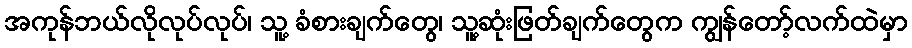
အကုန်ဘယ်လိုလုပ်လုပ်၊ သူ့ ခံစားချက်တွေ၊ သူ့ဆုံးဖြတ်ချက်တွေက ကျွန်တော့်လက်ထဲမှာ